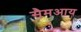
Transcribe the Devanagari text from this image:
सैमआय